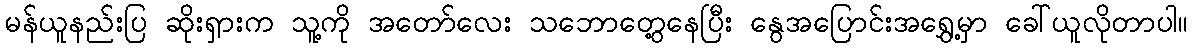
မန်ယူနည်းပြ ဆိုးရှားက သူ့ကို အတော်လေး သဘောတွေ့နေပြီး နွေအပြောင်းအရွှေ့မှာ ခေါ်ယူလိုတာပါ။